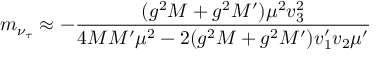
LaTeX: m _ { \nu _ { \tau } } \approx - { \frac { ( g ^ { 2 } M + g ^ { 2 } M ^ { \prime } ) \mu ^ { 2 } v _ { 3 } ^ { 2 } } { 4 M M ^ { \prime } \mu ^ { 2 } - 2 ( g ^ { 2 } M + g ^ { 2 } M ^ { \prime } ) v _ { 1 } ^ { \prime } v _ { 2 } \mu ^ { \prime } } }